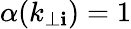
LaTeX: \alpha(k_{\perp\mathbf{i}})=1